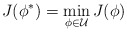
\begin{align*}J(\phi^*) = \min_{\phi \in \mathcal{U}} J(\phi)\end{align*}